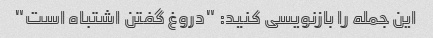
این جمله را بازنویسی کنید: "دروغ گفتن اشتباه است"